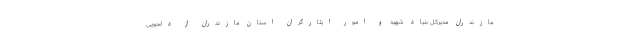
مازندران مدیرکل بنیاد شهید و امور ایثارگران استان مازندران از دلجویی